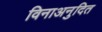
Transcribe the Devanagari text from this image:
विनाअनुदित